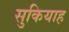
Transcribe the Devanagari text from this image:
सुकियाह